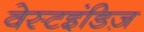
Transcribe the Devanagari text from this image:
वेस्टइंडिज़